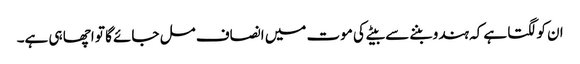
ان کو لگتا ہے کہ ہندو بننے سے بیٹے کی موت میں انصاف مل جائے گا تو اچھا ہی ہے۔